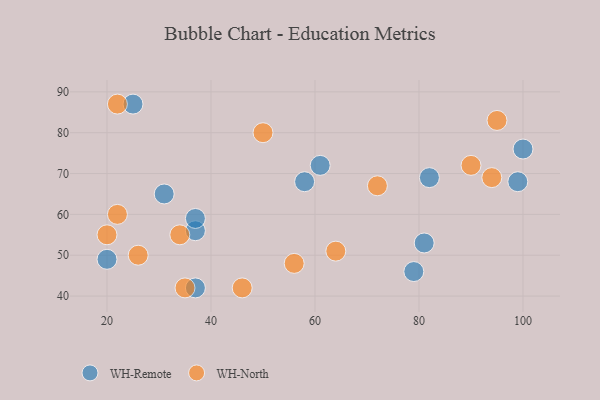
{"axis": {"x": "GDP", "y": "Life Expectancy"}, "legend": ["WH-North", "WH-Remote"], "data": [{"x": "61", "y": 72, "type": "WH-Remote"}, {"x": "79", "y": 46, "type": "WH-Remote"}, {"x": "37", "y": 42, "type": "WH-Remote"}, {"x": "81", "y": 53, "type": "WH-Remote"}, {"x": "31", "y": 65, "type": "WH-Remote"}, {"x": "37", "y": 56, "type": "WH-Remote"}, {"x": "100", "y": 76, "type": "WH-Remote"}, {"x": "37", "y": 59, "type": "WH-Remote"}, {"x": "58", "y": 68, "type": "WH-Remote"}, {"x": "20", "y": 49, "type": "WH-Remote"}, {"x": "25", "y": 87, "type": "WH-Remote"}, {"x": "82", "y": 69, "type": "WH-Remote"}, {"x": "99", "y": 68, "type": "WH-Remote"}, {"x": "72", "y": 67, "type": "WH-North"}, {"x": "20", "y": 55, "type": "WH-North"}, {"x": "64", "y": 51, "type": "WH-North"}, {"x": "56", "y": 48, "type": "WH-North"}, {"x": "95", "y": 83, "type": "WH-North"}, {"x": "46", "y": 42, "type": "WH-North"}, {"x": "22", "y": 87, "type": "WH-North"}, {"x": "22", "y": 60, "type": "WH-North"}, {"x": "34", "y": 55, "type": "WH-North"}, {"x": "90", "y": 72, "type": "WH-North"}, {"x": "35", "y": 42, "type": "WH-North"}, {"x": "26", "y": 50, "type": "WH-North"}, {"x": "94", "y": 69, "type": "WH-North"}, {"x": "50", "y": 80, "type": "WH-North"}]}